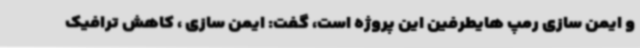
و ایمن سازی رمپ هایطرفین این پروژه است، گفت: ایمن سازی ، کاهش ترافیک